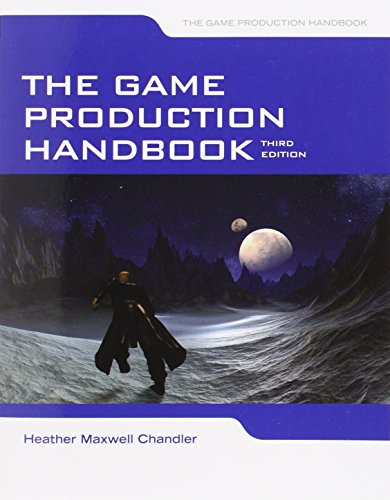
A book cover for The Game Production Handbook; Heather Maxwell Chandler; Computers & Technology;